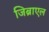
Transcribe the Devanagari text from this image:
जिब्राएल